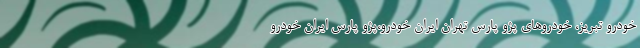
خودرو تبریز، خودروهای پژو پارس تهران ایران خودرو،پژو پارس ایران خودرو